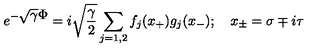
e ^ { - \displaystyle \sqrt { \gamma } \Phi } = { i \sqrt { \frac { \gamma } { 2 } } } \sum _ { j = 1 , 2 } f _ { j } ( x _ { + } ) g _ { j } ( x _ { - } ) ; \quad x _ { \pm } = \sigma \mp i \tau